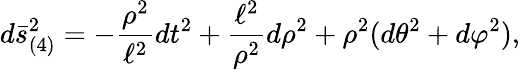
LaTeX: d\bar{s}_{(4)}^{2}=-{\frac{\rho^{2}}{\ell^{2}}}dt^{2}+{\frac{\ell^{2}}{\rho^{2}}}d\rho^{2}+\rho^{2}(d\theta^{2}+d\varphi^{2}),